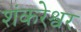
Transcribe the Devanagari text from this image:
शंकरेश्वर